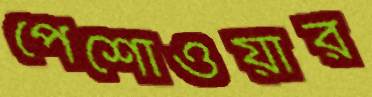
পেশোওয়ার